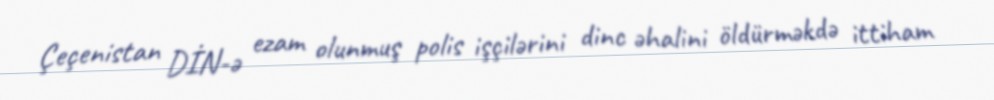
Çeçenistan DİN-ə ezam olunmuş polis işçilərini dinc əhalini öldürməkdə ittiham